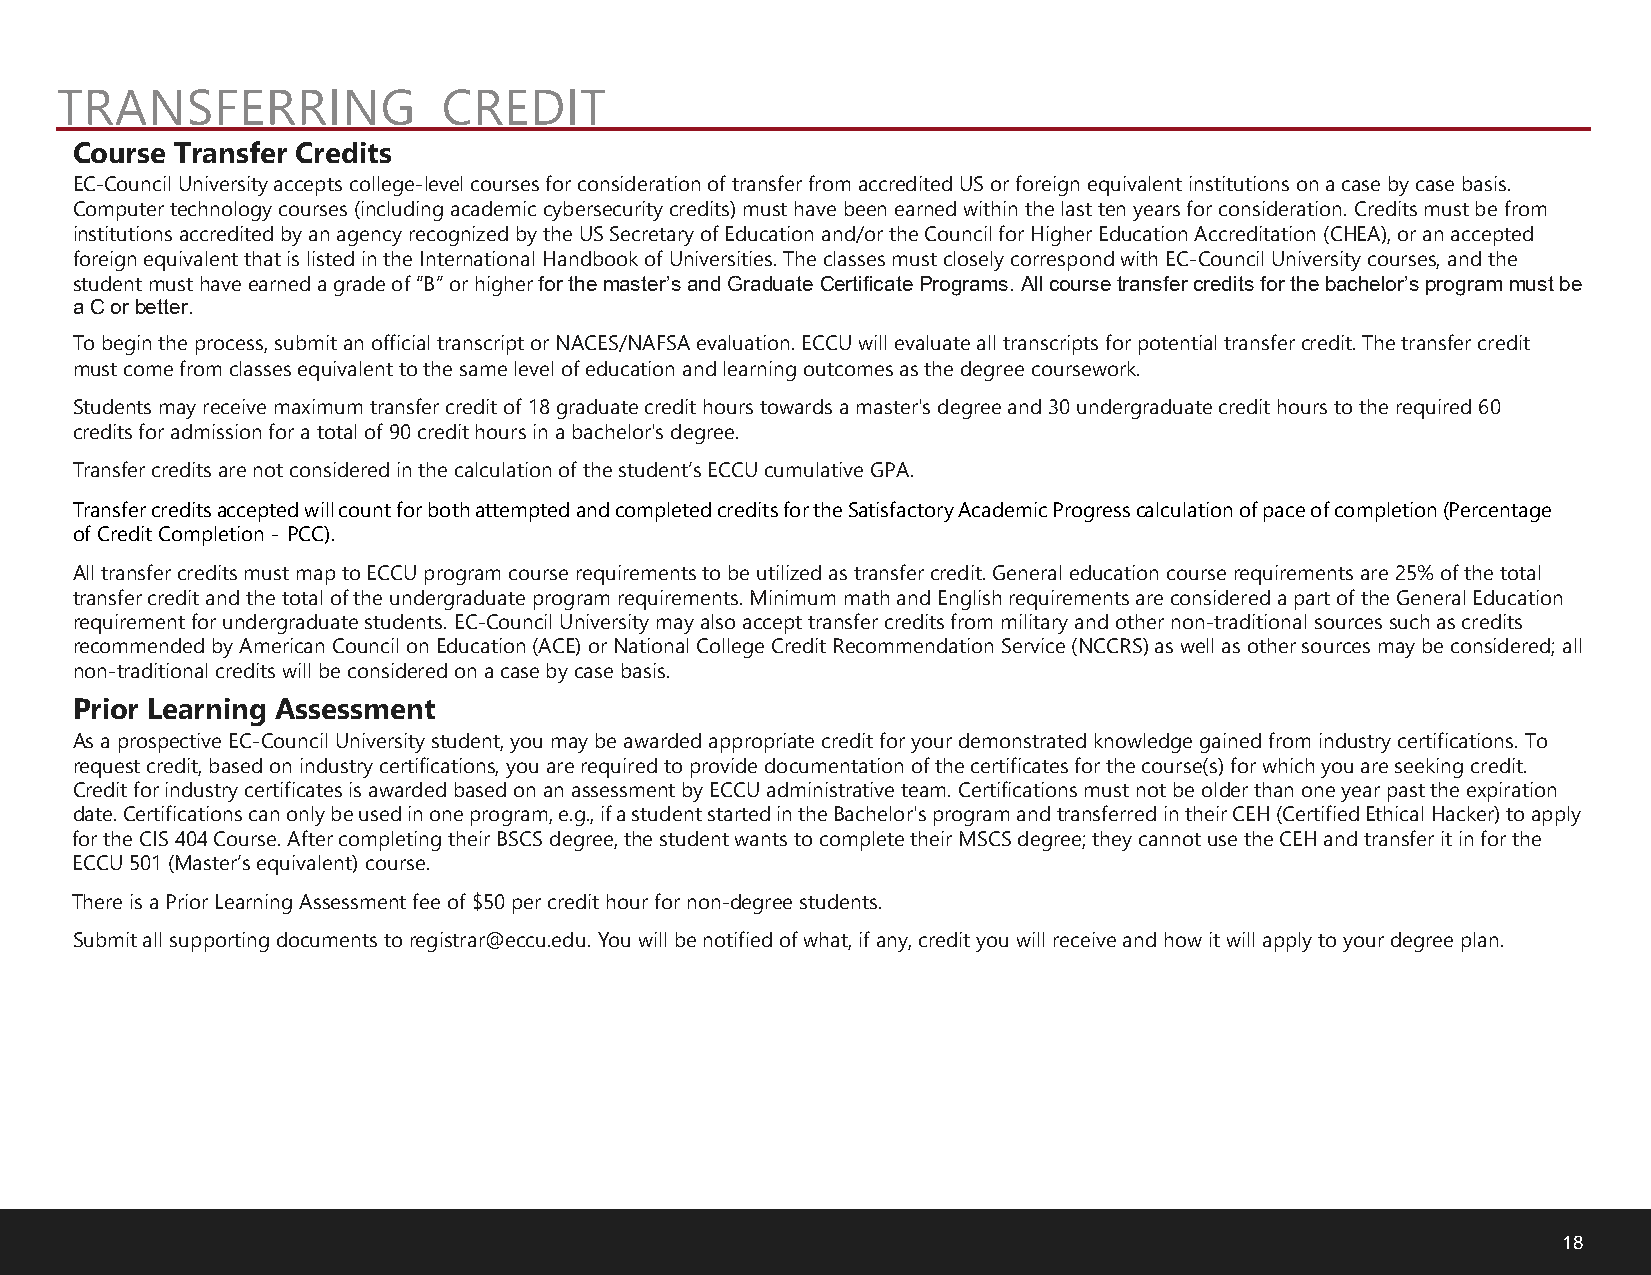
TRANSFERRING             CREDIT
 Course Transfer Credits
 EC-Council University accepts college-level courses for consideration of transfer from accredited US or foreign equivalent institutions on a case by case basis.
 Computer technology courses (including academic cybersecurity credits) must have been earned within the last ten years for consideration. Credits must be from
 institutions accredited by an agency recognized by the US Secretary of Education and/or the Council for Higher Education Accreditation (CHEA), or an accepted
 foreign equivalent that is listed in the International Handbook of Universities. The classes must closely correspond with EC-Council University courses, and the
 student must have earned a grade of “B” or higher for the master’s and Graduate Certificate Programs. All course transfer credits for the bachelor’s program must be
 a C or better.
 To begin the process, submit an official transcript or NACES/NAFSA evaluation. ECCU will evaluate all transcripts for potential transfer credit. The transfer credit
 must come from classes equivalent to the same level of education and learning outcomes as the degree coursework.
 Students may receive maximum transfer credit of 18 graduate credit hours towards a master's degree and 30 undergraduate credit hours to the required 60
 credits for admission for a total of 90 credit hours in a bachelor's degree.
 Transfer credits are not considered in the calculation of the student’s ECCU cumulative GPA.
 Transfer credits accepted will count for both attempted and completed credits for the Satisfactory Academic Progress calculation of pace of completion (Percentage
 of Credit Completion - PCC).
 All transfer credits must map to ECCU program course requirements to be utilized as transfer credit. General education course requirements are 25% of the total
 transfer credit and the total of the undergraduate program requirements. Minimum math and English requirements are considered a part of the General Education
 requirement for undergraduate students. EC-Council University may also accept transfer credits from military and other non-traditional sources such as credits
 recommended by American Council on Education (ACE) or National College Credit Recommendation Service (NCCRS) as well as other sources may be considered; all
 non-traditional credits will be considered on a case by case basis.
 Prior Learning Assessment
 As a prospective EC-Council University student, you may be awarded appropriate credit for your demonstrated knowledge gained from industry certifications. To
 request credit, based on industry certifications, you are required to provide documentation of the certificates for the course(s) for which you are seeking credit.
 Credit for industry certificates is awarded based on an assessment by ECCU administrative team. Certifications must not be older than one year past the expiration
 date. Certifications can only be used in one program, e.g., if a student started in the Bachelor's program and transferred in their CEH (Certified Ethical Hacker) to apply
 for the CIS 404 Course. After completing their BSCS degree, the student wants to complete their MSCS degree; they cannot use the CEH and transfer it in for the
 ECCU 501 (Master’s equivalent) course.
 There is a Prior Learning Assessment fee of $50 per credit hour for non-degree students.
 Submit all supporting documents to registrar@eccu.edu. You will be notified of what, if any, credit you will receive and how it will apply to your degree plan.
 18